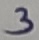
Text: 3